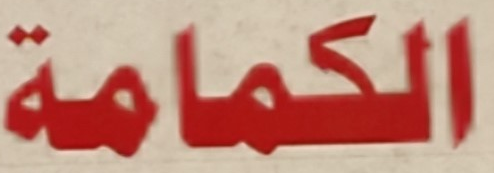
الكمامة